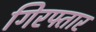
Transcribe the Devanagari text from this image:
गिरफ्तार